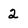
Character: 2